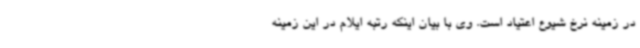
در زمینه نرخ شیوع اعتیاد است. وی با بیان اینکه رتبه ایلام در این زمینه